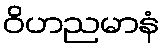
ဝိဟညမာနံ